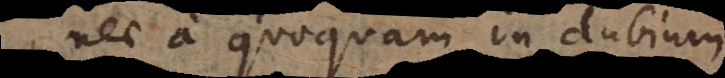
nec a quoquam in dubium